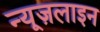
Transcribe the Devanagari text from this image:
न्यूज़लाइन